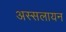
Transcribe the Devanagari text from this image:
अस्सलायन